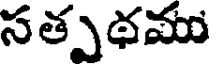
సత్పథము